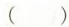
( )